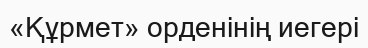
«Құрмет» орденінің иегері